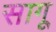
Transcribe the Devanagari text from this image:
सागू